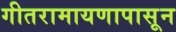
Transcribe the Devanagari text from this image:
गीतरामायणापासून